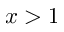
x > 1